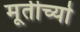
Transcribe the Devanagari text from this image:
मूतीर्च्या